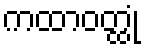
ကထာဝတ္ထုံ